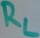
Text: RL